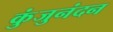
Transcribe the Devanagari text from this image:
कुंजुनंदन